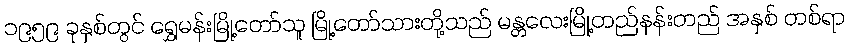
၁၉၅၉ ခုနှစ်တွင် ရွှေမန်းမြို့တော်သူ မြို့တော်သားတို့သည် မန္တလေးမြို့တည်နန်းတည် အနှစ် တစ်ရာ